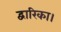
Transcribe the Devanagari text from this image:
द्वारिका।